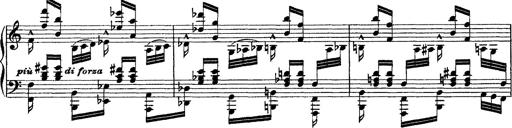
Title: Grandes Ã©tudes de Paganini
Composer: Franz Liszt